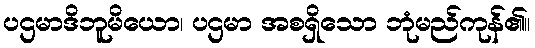
ပဌမာဒိဘူမိယော၊ ပဌမာ အစရှိသော ဘုံမည်ကုန်၏။